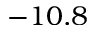
- 1 0 . 8